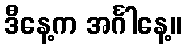
ဒီနေ့က အင်္ဂါနေ့။